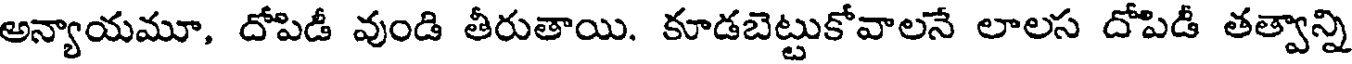
అన్యాయమూ, దోపిడీ వుండి తీరుతాయి. కూడబెట్టుకోవాలనే లాలస దోపిడీ తత్వాన్ని